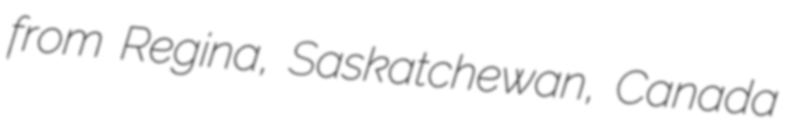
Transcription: from Regina, Saskatchewan, Canada